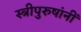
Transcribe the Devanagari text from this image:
स्त्रीपुरुषांनीं